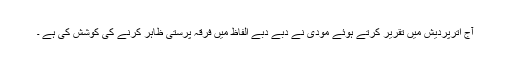
آج اترپردیش میں تقریر کرتے ہوئے مودی نے دبے دبے الفاظ میں فرقہ پرستی ظاہر کرنے کی کوشش کی ہے ۔